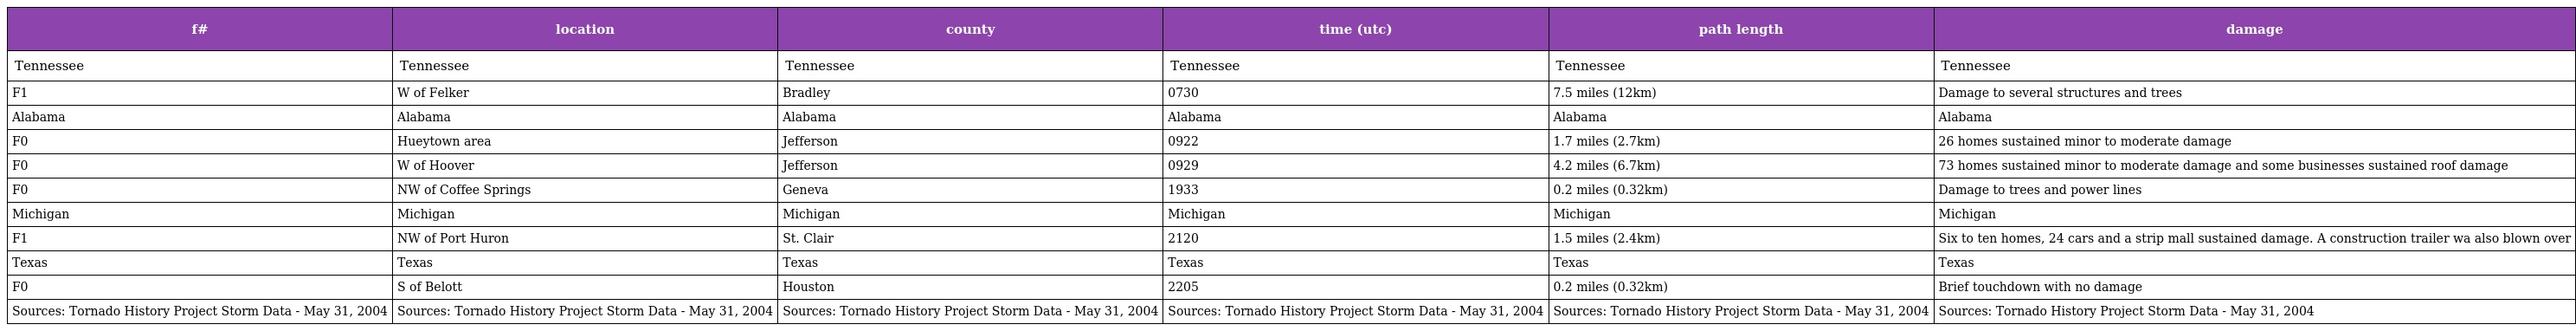
| f# | location | county | time (utc) | path length | damage |
 | --- | --- | --- | --- | --- | --- |
 | Tennessee | Tennessee | Tennessee | Tennessee | Tennessee | Tennessee |
 | F1 | W of Felker | Bradley | 0730 | 7.5 miles (12km) | Damage to several structures and trees |
 | Alabama | Alabama | Alabama | Alabama | Alabama | Alabama |
 | F0 | Hueytown area | Jefferson | 0922 | 1.7 miles (2.7km) | 26 homes sustained minor to moderate damage |
 | F0 | W of Hoover | Jefferson | 0929 | 4.2 miles (6.7km) | 73 homes sustained minor to moderate damage and some businesses sustained roof damage |
 | F0 | NW of Coffee Springs | Geneva | 1933 | 0.2 miles (0.32km) | Damage to trees and power lines |
 | Michigan | Michigan | Michigan | Michigan | Michigan | Michigan |
 | F1 | NW of Port Huron | St. Clair | 2120 | 1.5 miles (2.4km) | Six to ten homes, 24 cars and a strip mall sustained damage. A construction trailer wa also blown over |
 | Texas | Texas | Texas | Texas | Texas | Texas |
 | F0 | S of Belott | Houston | 2205 | 0.2 miles (0.32km) | Brief touchdown with no damage |
 | Sources: Tornado History Project Storm Data - May 31, 2004 | Sources: Tornado History Project Storm Data - May 31, 2004 | Sources: Tornado History Project Storm Data - May 31, 2004 | Sources: Tornado History Project Storm Data - May 31, 2004 | Sources: Tornado History Project Storm Data - May 31, 2004 | Sources: Tornado History Project Storm Data - May 31, 2004 |